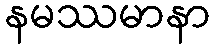
နမဿမာနာ